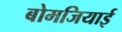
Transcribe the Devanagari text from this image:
बोमजियाई